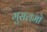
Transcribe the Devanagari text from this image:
मुसलमो